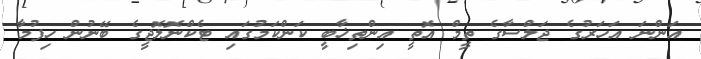
އަންނަ އަހަރުގެ ޖަލްސާގެ ތީމް އޮތީ އިންތިޚާބީ ކަންކަމުގައި ޓެކްނޮލޮޖީގެ ބޭނުން ހިފުމާ